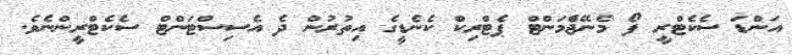
އަންޑަ ސެކެޓްރީ ފޯ މެނޭޖެްމަންޓް ޕެޓްރިކް ކެނެޑީގެ އިތުރުން ދެ އެސިސްޓަންޓް ސެކެޓްރީންނެވެ.